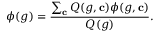
\phi ( g ) = \frac { \sum _ { \mathbf { c } } Q ( g , \mathbf { c } ) \phi ( g , \mathbf { c } ) } { Q ( g ) } .